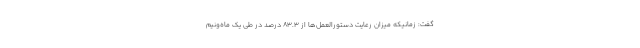
گفت: زمانیکه میزان رعایت دستورالعمل‌ها از ۸۳.۳ درصد در طی یک ماه‌ونیم